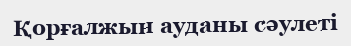
Қорғалжын ауданы сәулеті